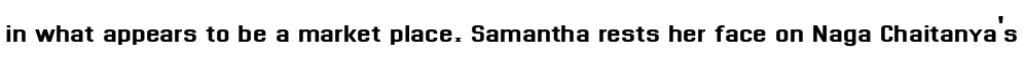
in what appears to be a market place. Samantha rests her face on Naga Chaitanya's